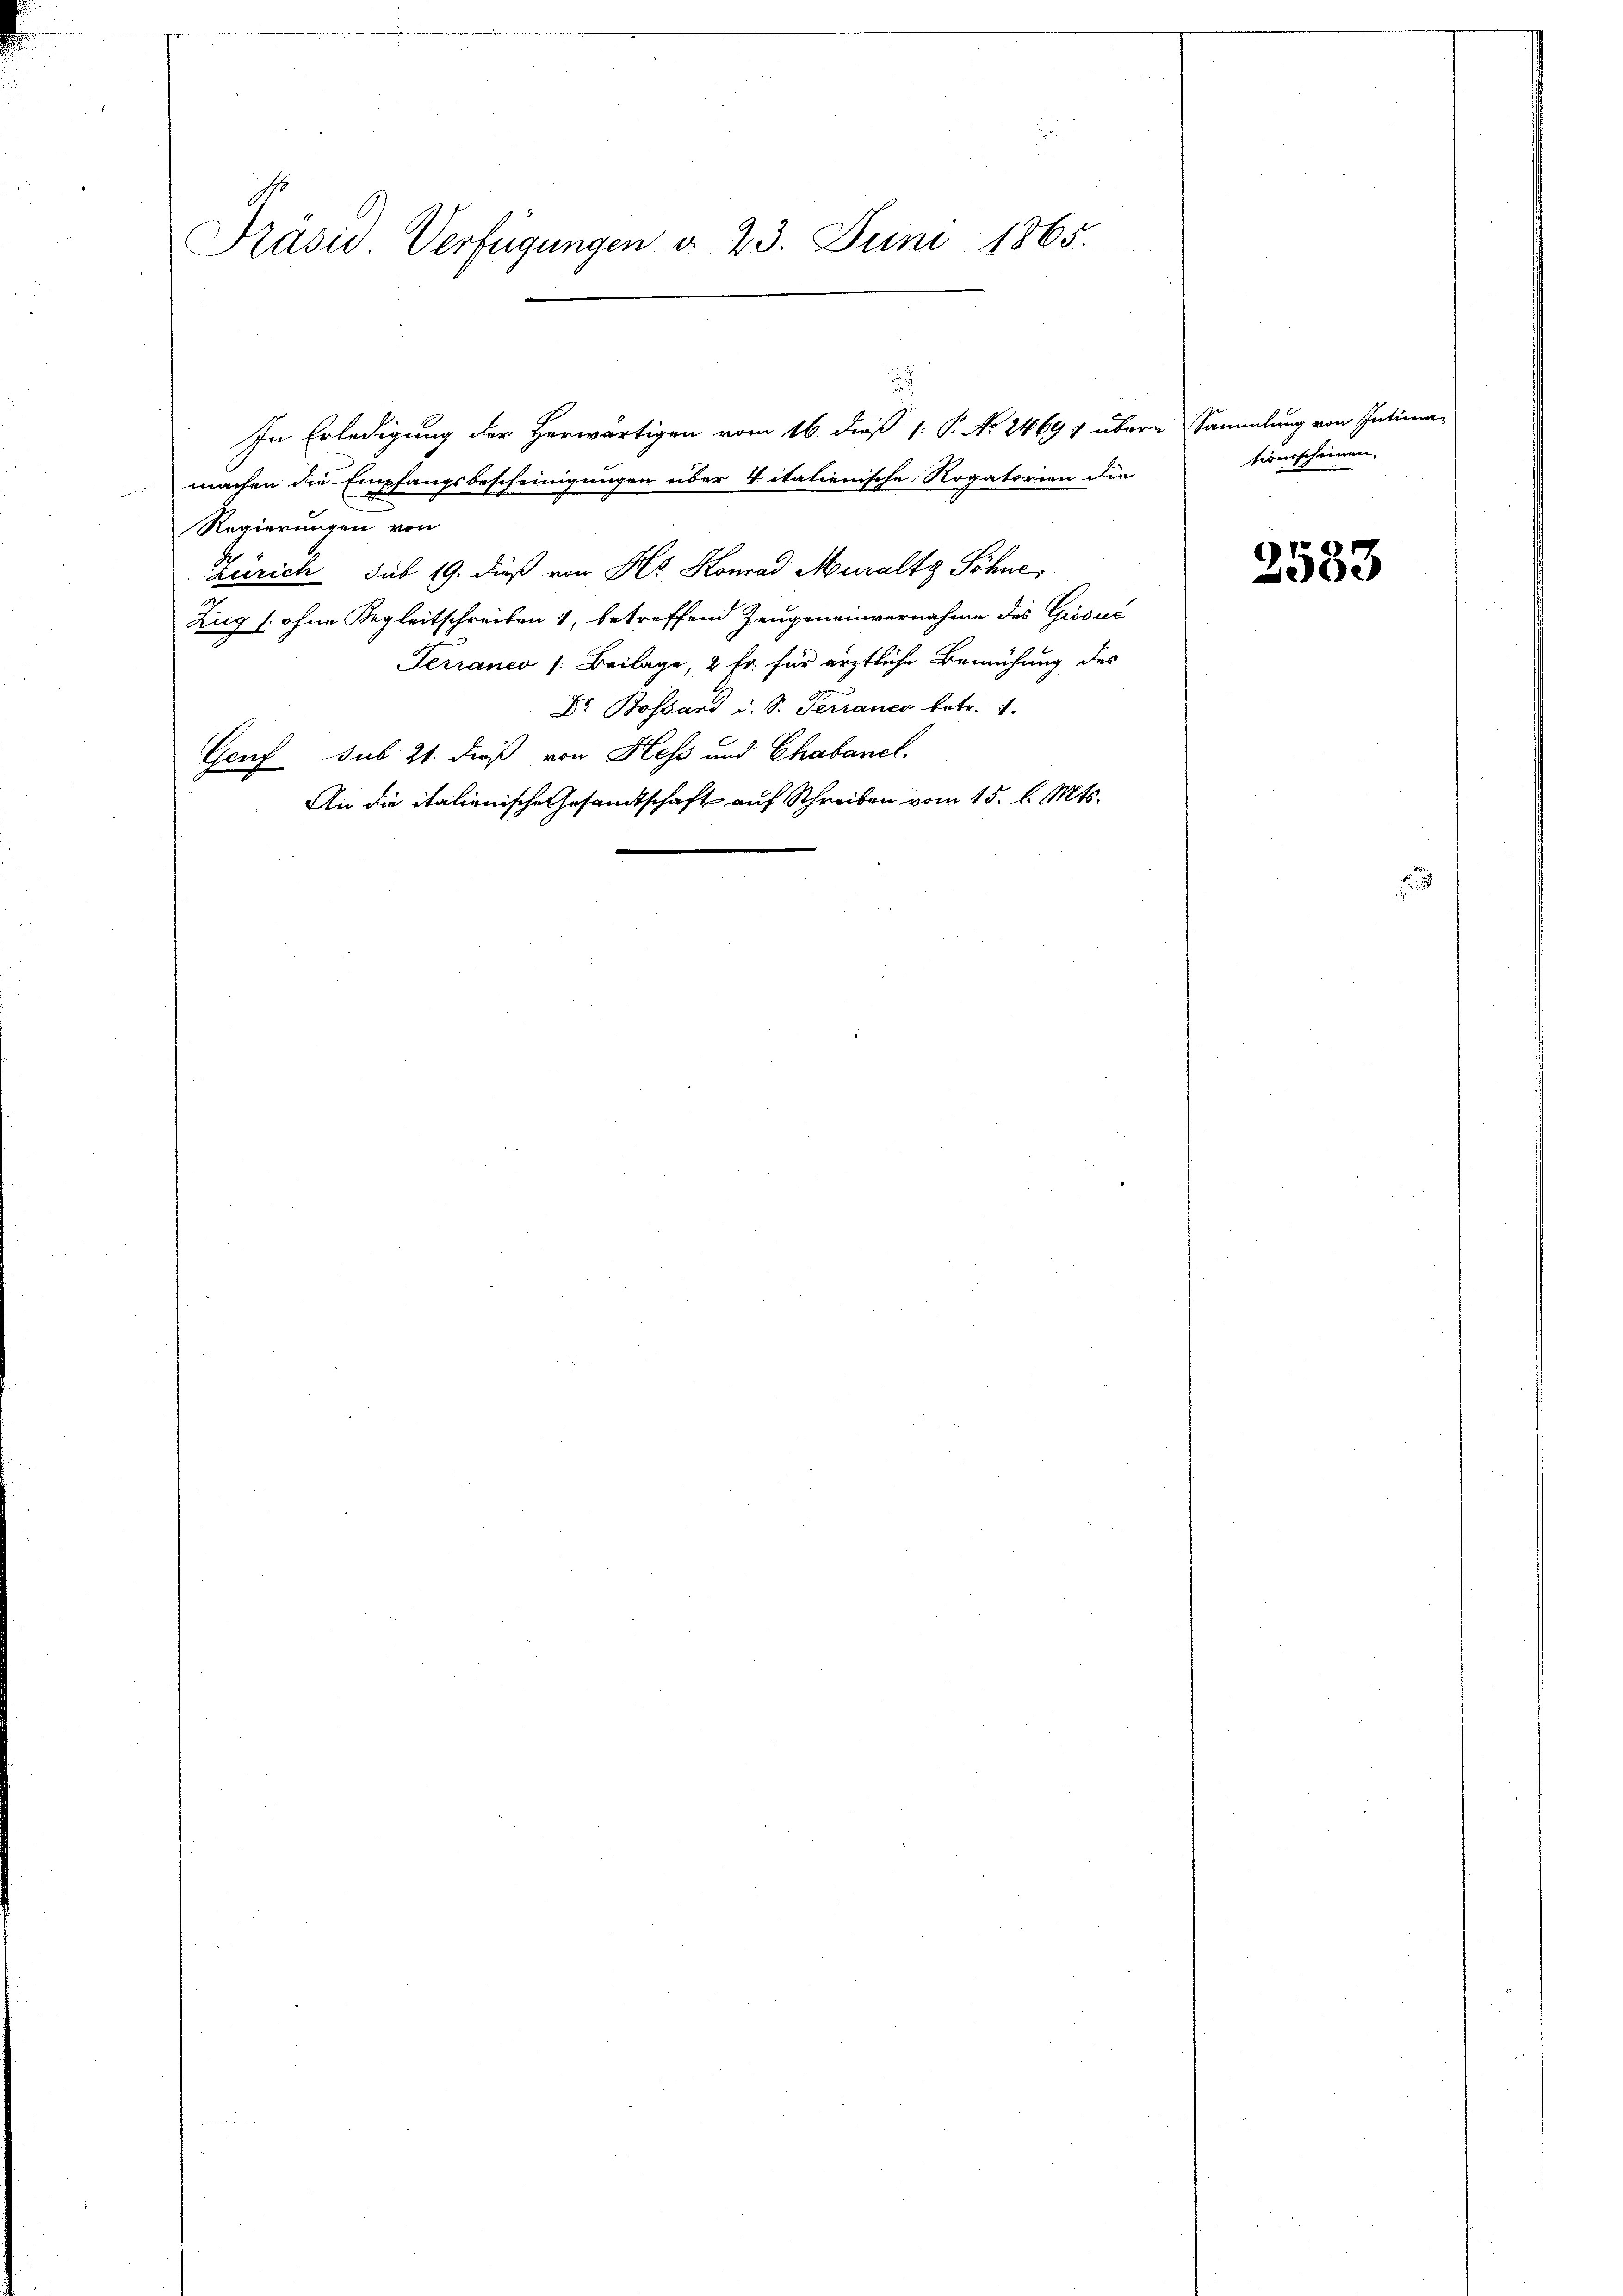
Präsid. Verfügungen d. 23. Juni 1865.

machen die Empfangsbescheinigungen über vitatienische Rogatorien die
Regierungen von
Zürich sub 19. dieß von Hr. Konrad Muraltg Söhne,
2
Zug (ohne Regleitschreiben, betreffend Zeugeneinvernahme des Giosus
Terranco /: Beilage, 2 Fr. für ärztliche Bemühung des
Dr. Bossard u. S. Terranco betr. 1.
Genf sub. 21. dieß von Hess und Chabanel
An die italienische Gesandtschaft auf Schreiben vom 15. d. Mts.

In Erledigung der Herwärtigen vom 16. dieß (: P. No. 24697 über

Sammlung von Intimationsscheinen.

2533

u